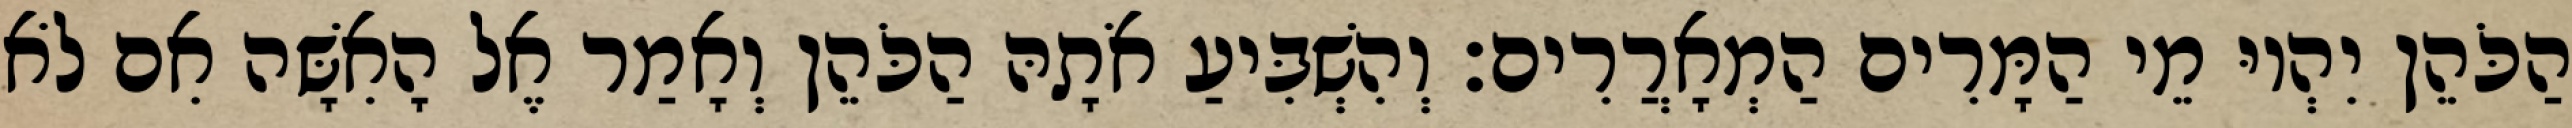
הַכֹּהֵן יִהְיוּ מֵי הַמָּרִים הַמְאָרֲרִים׃ וְהִשְׁבִּיעַ אֹתָהּ הַכֹּהֵן וְאָמַר אֶל הָאִשָּׁה אִם לֹא